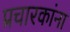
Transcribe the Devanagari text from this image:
प्रचारकांना